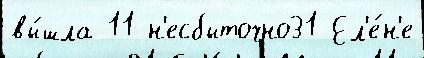
вы́шла 11 н'есбыточно31 Ел'е́н'е